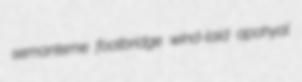
semanteme footbridge wind-laid apohyal